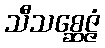
သီသစ္ဆေဇ္ဇံ